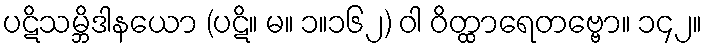
ပဋိသမ္ဘိဒါနယော (ပဋိ။ မ။ ၁။၁၆၂) ဝါ ဝိတ္ထာရေတဗ္ဗော။ ၁၄၂။